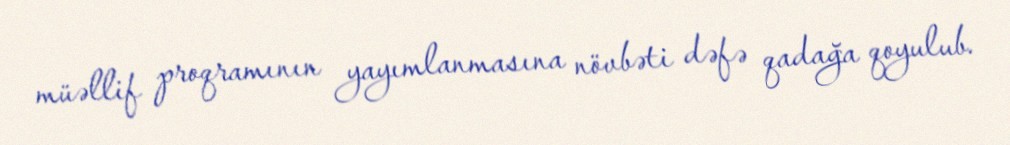
müəllif proqramının yayımlanmasına növbəti dəfə qadağa qoyulub.